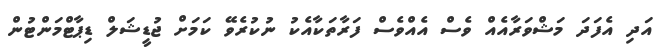
އަދި އެފަދަ މަޝްވަރާއެއް ވެސް އެއްވެސް ފަރާތަކާއެކު ނުކުރެވޭ ކަމަށް ޖުޑީޝަލް ޑިޕާޓްމަންޓުން